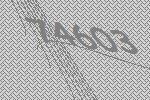
74603